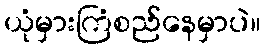
ယုံမှားကြံစည်နေမှာပဲ။